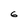
Character: 6